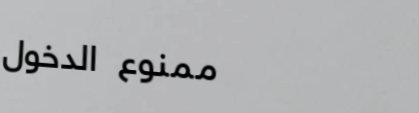
ممنوع الدخول